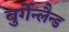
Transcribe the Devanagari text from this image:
बुर्गेन्लैन्ड